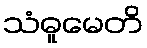
သံဓူမေတိ